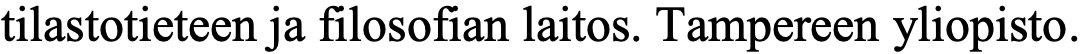
tilastotieteen ja filosofian laitos. Tampereen yliopisto.